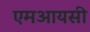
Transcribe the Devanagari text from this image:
एमआयसी